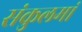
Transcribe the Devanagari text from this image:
संकुलमां